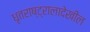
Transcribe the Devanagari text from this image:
धृतराष्ट्रालादेखील